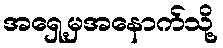
အရှေ့မှအနောက်သို့